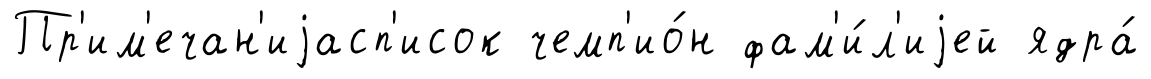
Пр'им'ечан'иjасп'исок чемп'ио́н фам'и́л'иjей ядра́